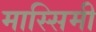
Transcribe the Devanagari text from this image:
मास्सिमी